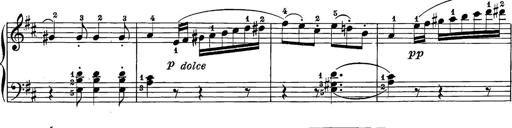
Title: 12 Sonatine per Pianoforte
Composer: Friedrich Kuhlau